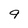
Character: 9